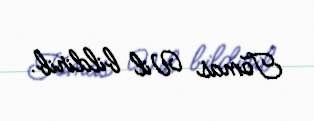
Tomas Vil bildirib.